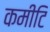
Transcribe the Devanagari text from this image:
कमीटि